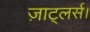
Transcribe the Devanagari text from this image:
ज़ाट्लर्स।